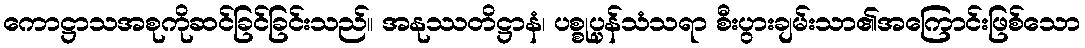
ကောဋ္ဌာသအစုကိုဆင်ခြင်ခြင်းသည်။ အနုဿတိဋ္ဌာနံ၊ ပစ္စုပ္ပန်သံသရာ စီးပွားချမ်းသာ၏အကြောင်းဖြစ်သော